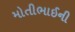
મોતીભાઈની